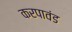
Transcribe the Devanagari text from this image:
करपावंड